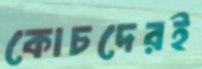
কোচদেরই